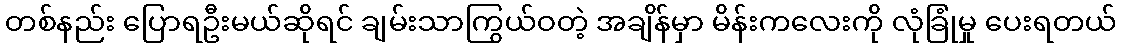
တစ်နည်း ပြောရဦးမယ်ဆိုရင် ချမ်းသာကြွယ်ဝတဲ့ အချိန်မှာ မိန်းကလေးကို လုံခြုံမှု ပေးရတယ်